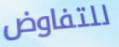
للتفاوض